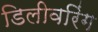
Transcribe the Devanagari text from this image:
डिलीवरिंग